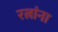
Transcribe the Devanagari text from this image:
रत्नांना